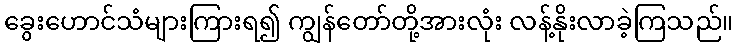
ခွေးဟောင်သံများကြားရ၍ ကျွန်တော်တို့အားလုံး လန့်နိုးလာခဲ့ကြသည်။